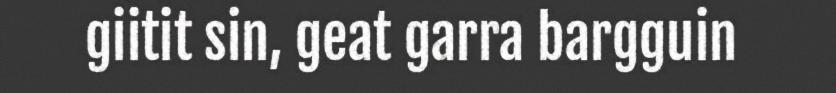
giitit sin, geat garra bargguin